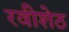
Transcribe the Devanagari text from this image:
रवीशेठ